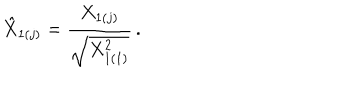
LaTeX: \hat { X } _ { 1 ( j ) } = \displaystyle { \frac { X _ { 1 ( j ) } } { \sqrt { X _ { 1 ( 1 ) } ^ { 2 } } } } \, .